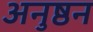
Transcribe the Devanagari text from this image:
अनुष्ठन